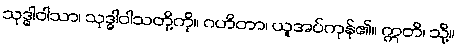
သုဒ္ဓါဝါသာ၊ သုဒ္ဓါဝါသတို့ကို။ ဂဟိတာ၊ ယူအပ်ကုန်၏။ ဣတိ၊ သို့။